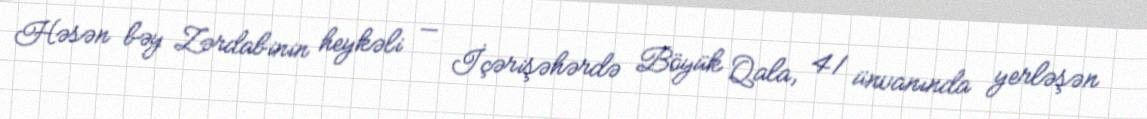
Həsən bəy Zərdabinin heykəli — İçərişəhərdə Böyük Qala, 41 ünvanında yerləşən